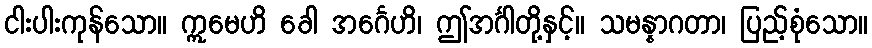
ငါးပါးကုန်သော။ ဣမေဟိ ခေါ အင်္ဂေဟိ၊ ဤအင်္ဂါတို့နှင့်။ သမန္နာဂတာ၊ ပြည့်စုံသော။